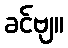
ခင်ဗျ။